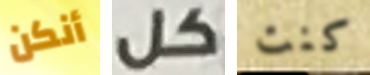
أنكن كل كنت